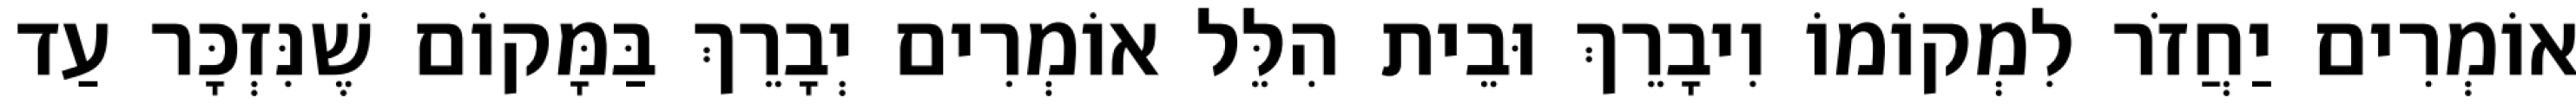
אוֹמְרִים יַחֲזֹר לִמְקוֹמוֹ וִיבָרֵךְ וּבֵית הִלֵּל אוֹמְרִים יְבָרֵךְ בַּמָּקוֹם שֶׁנִּזְכָּר עַד